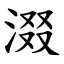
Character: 涰